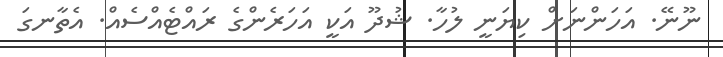
ނޫނޭ. އަހަންނަށް ކިޔަނީ ލުހާ. ޝުދޫ އަކީ އަހަރެންގެ ރައްޓެއްސެއް. އެތާނގަ